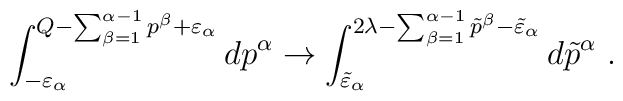
\int^{Q-\sum^{\alpha-1}_{\beta=1}p^\beta+\varepsilon_\alpha}_{-\varepsilon_\alpha}dp^\alpha\to\int^{2\lambda-\sum^{\alpha-1}_{\beta=1}\tilde p^\beta-\tilde\varepsilon_\alpha}_{\tilde\varepsilon_\alpha}d\tilde p^\alpha\ .